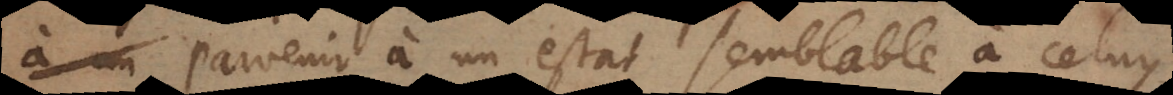
parvenir à un estat semblable à celuy